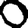
Digit: 0